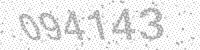
Solution: 094143